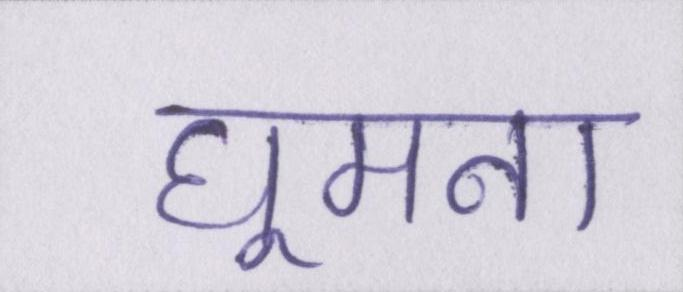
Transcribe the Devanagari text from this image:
घूमना